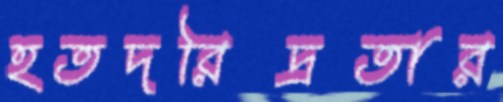
হতদরিদ্রতার